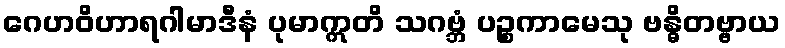
ဂေဟဝိဟာရဂါမာဒီနံ ပုမာဣတိ သဂဗ္ဘံ ပဉ္စကာမေသု ဗန္ဓိတဗ္ဗာယ